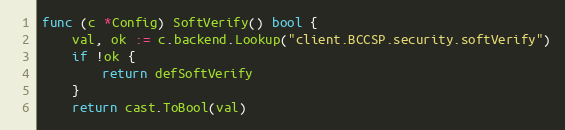
Language: Go
func (c *Config) SoftVerify() bool {
	val, ok := c.backend.Lookup("client.BCCSP.security.softVerify")
	if !ok {
		return defSoftVerify
	}
	return cast.ToBool(val)